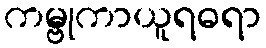
ကမ္ဗုကာယူရဓရာ